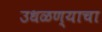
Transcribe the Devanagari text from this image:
उधळण्याचा